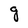
Character: g